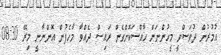
އުމުރުން ދުވަސްވީ މީހުންނަށް ހާއްސަކޮށްގެން ރައިސް ދެއްވާ މާހެފުން އޮންނާނީ މިރޭ 08:30